Sketch of the medical history of the native army of Bombay, for the year
Year: 1870
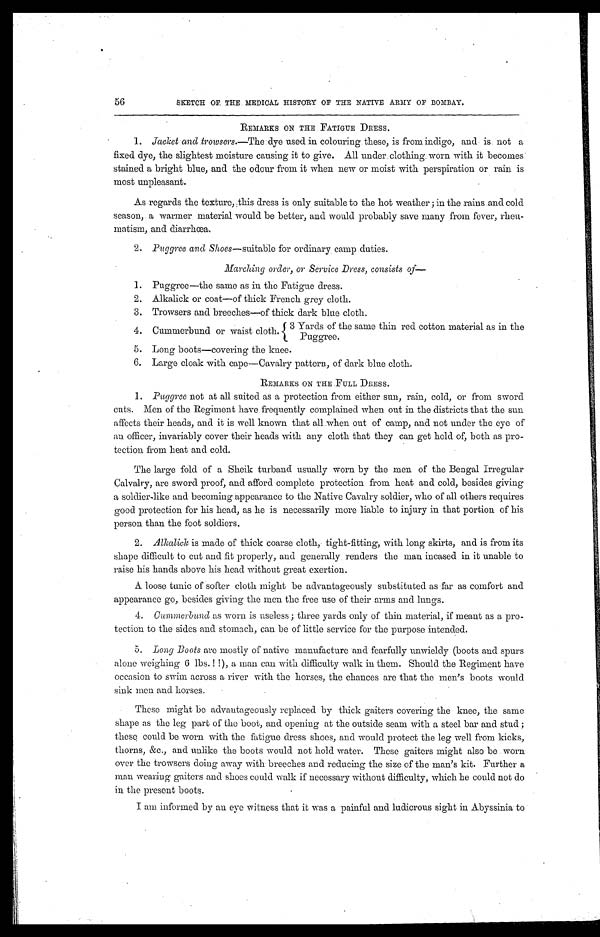
56
SKETCH OP THE MEDICAL HISTORY OF THE NATIVE ARMY OF BOMBAY.
REMARKS ON THE FATIGUE DRESS.
1. Jacket and trowsers.—The dye used in colouring. these, is from indigo, and is not a
fixed dye, the slightest moisture causing it to give. All under clothing worn with it becomes
stained a bright blue, and the odour from it when new or moist with perspiration or rain is
most unpleasant.
As regards the texture, this dress is only, suitable to the hot weather; in the rains and cold
season, a warmer material would be better, and would probably save many from fever, rheu
matism, and diarrhœa.
1. Puggree and Shoes —suitable for ordinary , camp duties.
Marching order, or Service Dress, consists
of—
1. Puggree—the same as in the Fatigue dress.
2.
2. Alkalick or coat—of thick French grey cloth.
3.
3. Trowsers and breeches—of thick dark blue cloth.
3 Yards of the same thin red cotton material as in the
Puggree.
4. Cummerbund or waist cloth.
5. Long boots—covering the knee.
6. Large cloak with cape—Cavalry pattern, of dark blue cloth.
REMARKS ON THE FULL DRESS.
1.
Puggree not at suited as a protection from either sun, rain, cold, or from sword
cuts. Men of the Regiment have frequently complained when out in the districts that the sun
affects their heads, and it is well known that all when out of camp, and not under the eye of
an officer, invariably cover their heads with any cloth that they can get hold of, both as pro
-
tection from heat and cold.
The large fold of a Sheik turband usually worn by the men of the Bengal Irregular
Calvalry, are sword proof, and afford complete protection from heat and cold, besides giving
a soldier-like and becoming appearance to the Native Cavalry soldier, who of all others requires
good protection for his head, as he is necessarily more liable to injury in that portion of his
person than the foot soldiers.
2.
Alkalick is made of thick coarse cloth, tight-fitting, with long skirts, and is from its
shape difficult to cut and fit properly, and generally renders the man incased in it unable to
raise his hands above his head without great exertion.
A. loose tunic of softer cloth might be advantageously substituted as far as comfort and
appearance go, besides giving the men the free use of their arms and lungs.
4.
Cummerbund as worn is useless; three yards only of thin material, if meant as a pro-
tection to the sides and stomach, can be of little service for the purpose intended.
5.
Long Boots are mostly of native manufacture and fearfully unwieldy (boots and spurs
alone weighing 6 lbs. !!), a man can with difficulty walk in them. Should the Regiment have
occasion to swim across a river with the horses, the chances are that the men's boots would
sink men and horses.
These might be advantageously replaced by thick gaiters covering the knee, the same
shape as the leg part of the boot, and opening at the outside seam with a steel bar and stud;
these could be worn with the fatigue dress shoes, and would protect the leg well from kicks,
thorns, &c., and unlike the boots would not hold water. These gaiters might also be worn
over the trowsers doing away with breeches and reducing the size of the man's kit. Further a
man wearing gaiters and shoes could walk if necessary without difficulty, which he could not do
in the present boots.
I am informed by au eye witness that it was a painful and ludicrous sight in Abyssinia to